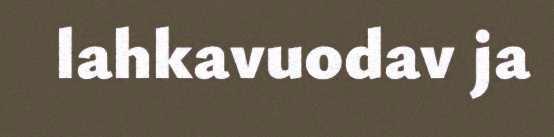
lahkavuodav ja